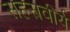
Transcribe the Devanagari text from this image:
सहस्त्रवीर्य